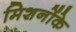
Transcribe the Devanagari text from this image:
मिशनोंके